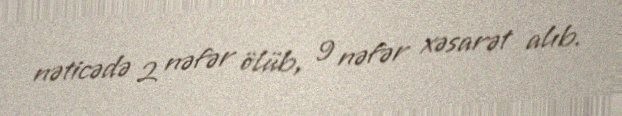
nəticədə 2 nəfər ölüb, 9 nəfər xəsarət alıb.